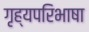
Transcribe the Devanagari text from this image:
गृह्यपरिभाषा